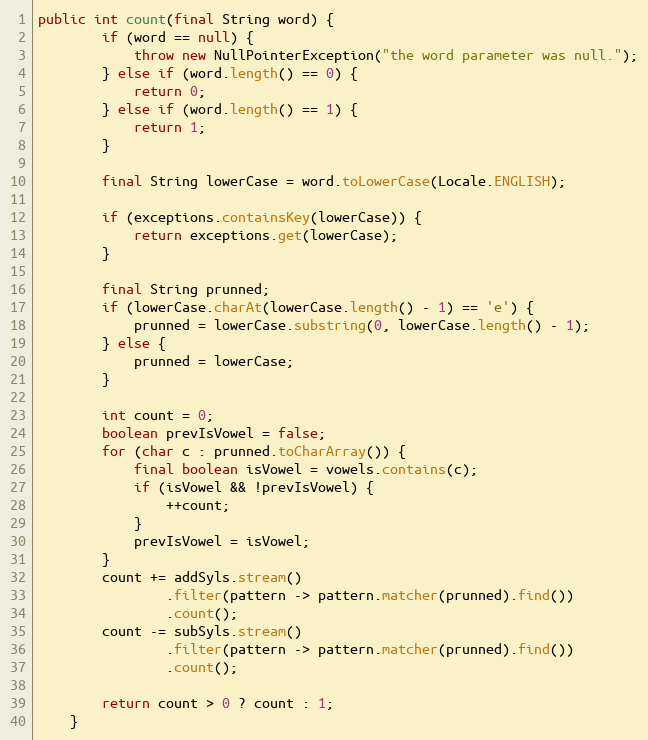
Language: Java
public int count(final String word) {
        if (word == null) {
            throw new NullPointerException("the word parameter was null.");
        } else if (word.length() == 0) {
            return 0;
        } else if (word.length() == 1) {
            return 1;
        }

        final String lowerCase = word.toLowerCase(Locale.ENGLISH);

        if (exceptions.containsKey(lowerCase)) {
            return exceptions.get(lowerCase);
        }

        final String prunned;
        if (lowerCase.charAt(lowerCase.length() - 1) == 'e') {
            prunned = lowerCase.substring(0, lowerCase.length() - 1);
        } else {
            prunned = lowerCase;
        }

        int count = 0;
        boolean prevIsVowel = false;
        for (char c : prunned.toCharArray()) {
            final boolean isVowel = vowels.contains(c);
            if (isVowel && !prevIsVowel) {
                ++count;
            }
            prevIsVowel = isVowel;
        }
        count += addSyls.stream()
                .filter(pattern -> pattern.matcher(prunned).find())
                .count();
        count -= subSyls.stream()
                .filter(pattern -> pattern.matcher(prunned).find())
                .count();

        return count > 0 ? count : 1;
    }